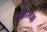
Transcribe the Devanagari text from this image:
भक्षाभक्ष